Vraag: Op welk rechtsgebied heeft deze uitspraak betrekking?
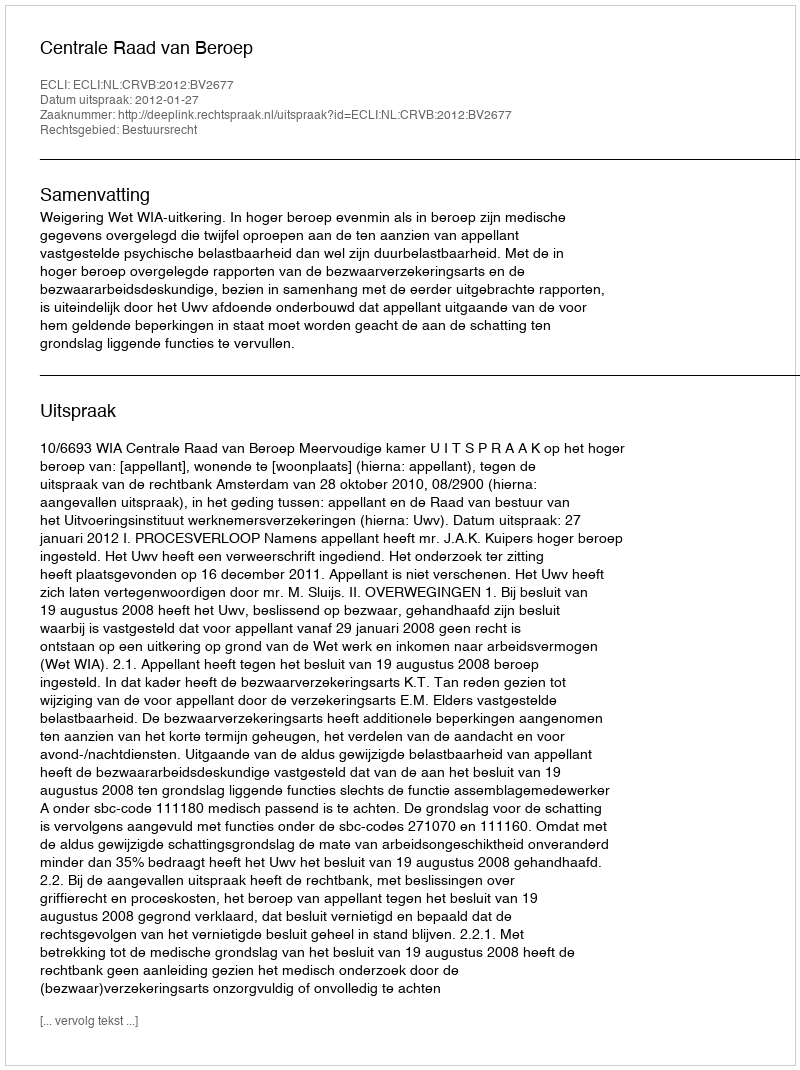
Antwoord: Bestuursrecht